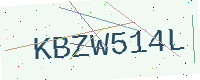
Text: KBZW514L